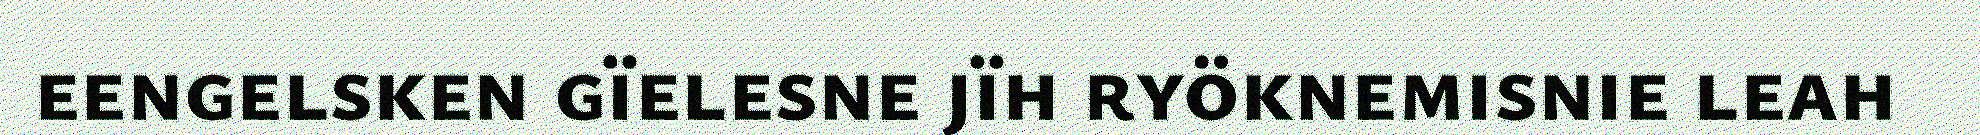
eengelsken gïelesne jïh ryöknemisnie leah